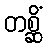
တစ္ဆိံ